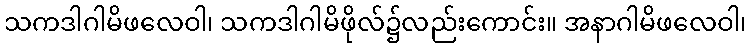
သကဒါဂါမိဖလေဝါ၊ သကဒါဂါမိဖိုလ်၌လည်းကောင်း။ အနာဂါမိဖလေဝါ၊